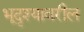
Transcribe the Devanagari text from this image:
भूदृश्यावरील